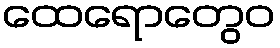
ထေရောတွေဝ